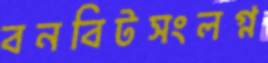
বনবিটসংলগ্ন